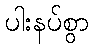
ပါးနပ်စွာ